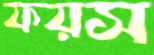
ফয়স